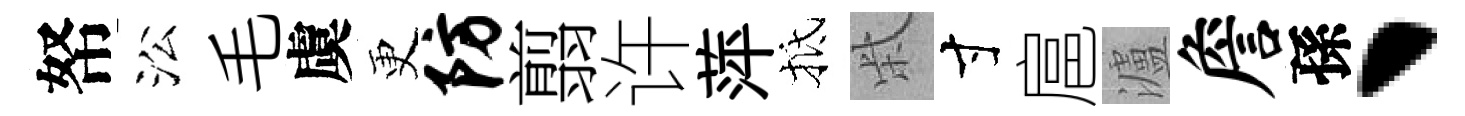
帑㳂毛虞更防翦许萍抵柴寸扈瀘詹孫、